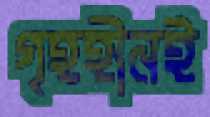
গৃহহীনই